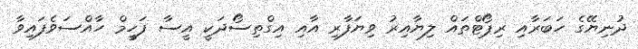
ދުނިޔޭގެ ހަބަރާއި ރިޕޯޓްތައް ލިޔާއިރު ވިޔަފާރި އާއި އިގްތިސޯދަކީ އީސާ ފަހީމް ހާއްސަވެފައިވާ